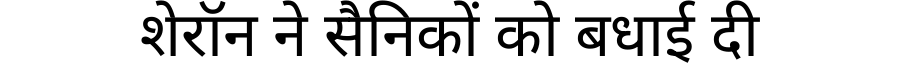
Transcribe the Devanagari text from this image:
शेरॉन ने सैनिकों को बधाई दी